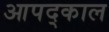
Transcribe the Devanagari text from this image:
आपद्काल